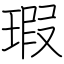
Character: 瑕